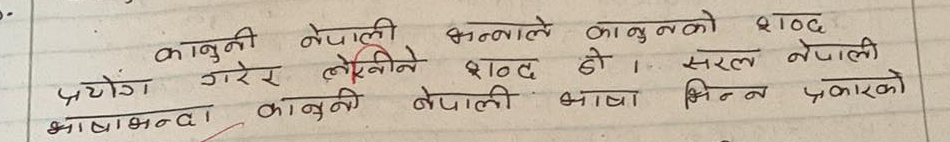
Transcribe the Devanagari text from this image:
कानूनी नेपाली भन्नाले कानुनको शब्द
प्रयोग गरेर लेखिने शब्द हो। सरल नेपाली
भाषाभन्दा कानूनी नेपाली भाषा भिन्न प्रकारको